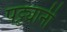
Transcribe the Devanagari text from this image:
पट्ट्यानी